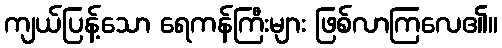
ကျယ်ပြန့်သော ရေကန်ကြီးများ ဖြစ်လာကြလေ၏။